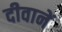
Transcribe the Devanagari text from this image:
दीवानें